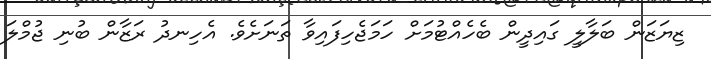
ޒިޔަޒަން ބަލާލީ ގައިދީން ބެހެއްޓުމަށް ހަމަޖެހިފައިވާ ތަނަށެވެ. އެހިނދު ރަޒާން ބުނި ޖުމްލަ